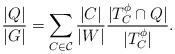
LaTeX: \begin{align*}\frac{|Q|}{|G|} = \sum_{C \in \mathcal{C}}\frac{|C|}{|W|} \frac{|T_C^\phi\cap Q|}{|T_C^\phi|}.\end{align*}